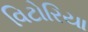
વિટોરિયા